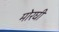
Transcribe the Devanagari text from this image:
मोरघी